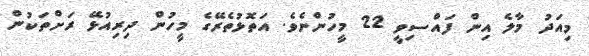
މިއަދު މާލެ އިން ފައްސިވީ 22 މީހުންނެވެ. އަތޮޅުތެރޭގެ މީހުން ދިރިއުޅޭ ރަށްތަކުން